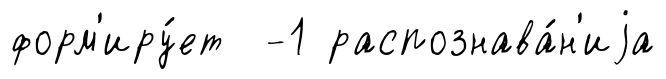
форм'иру́ет -1 распознава́н'иjа